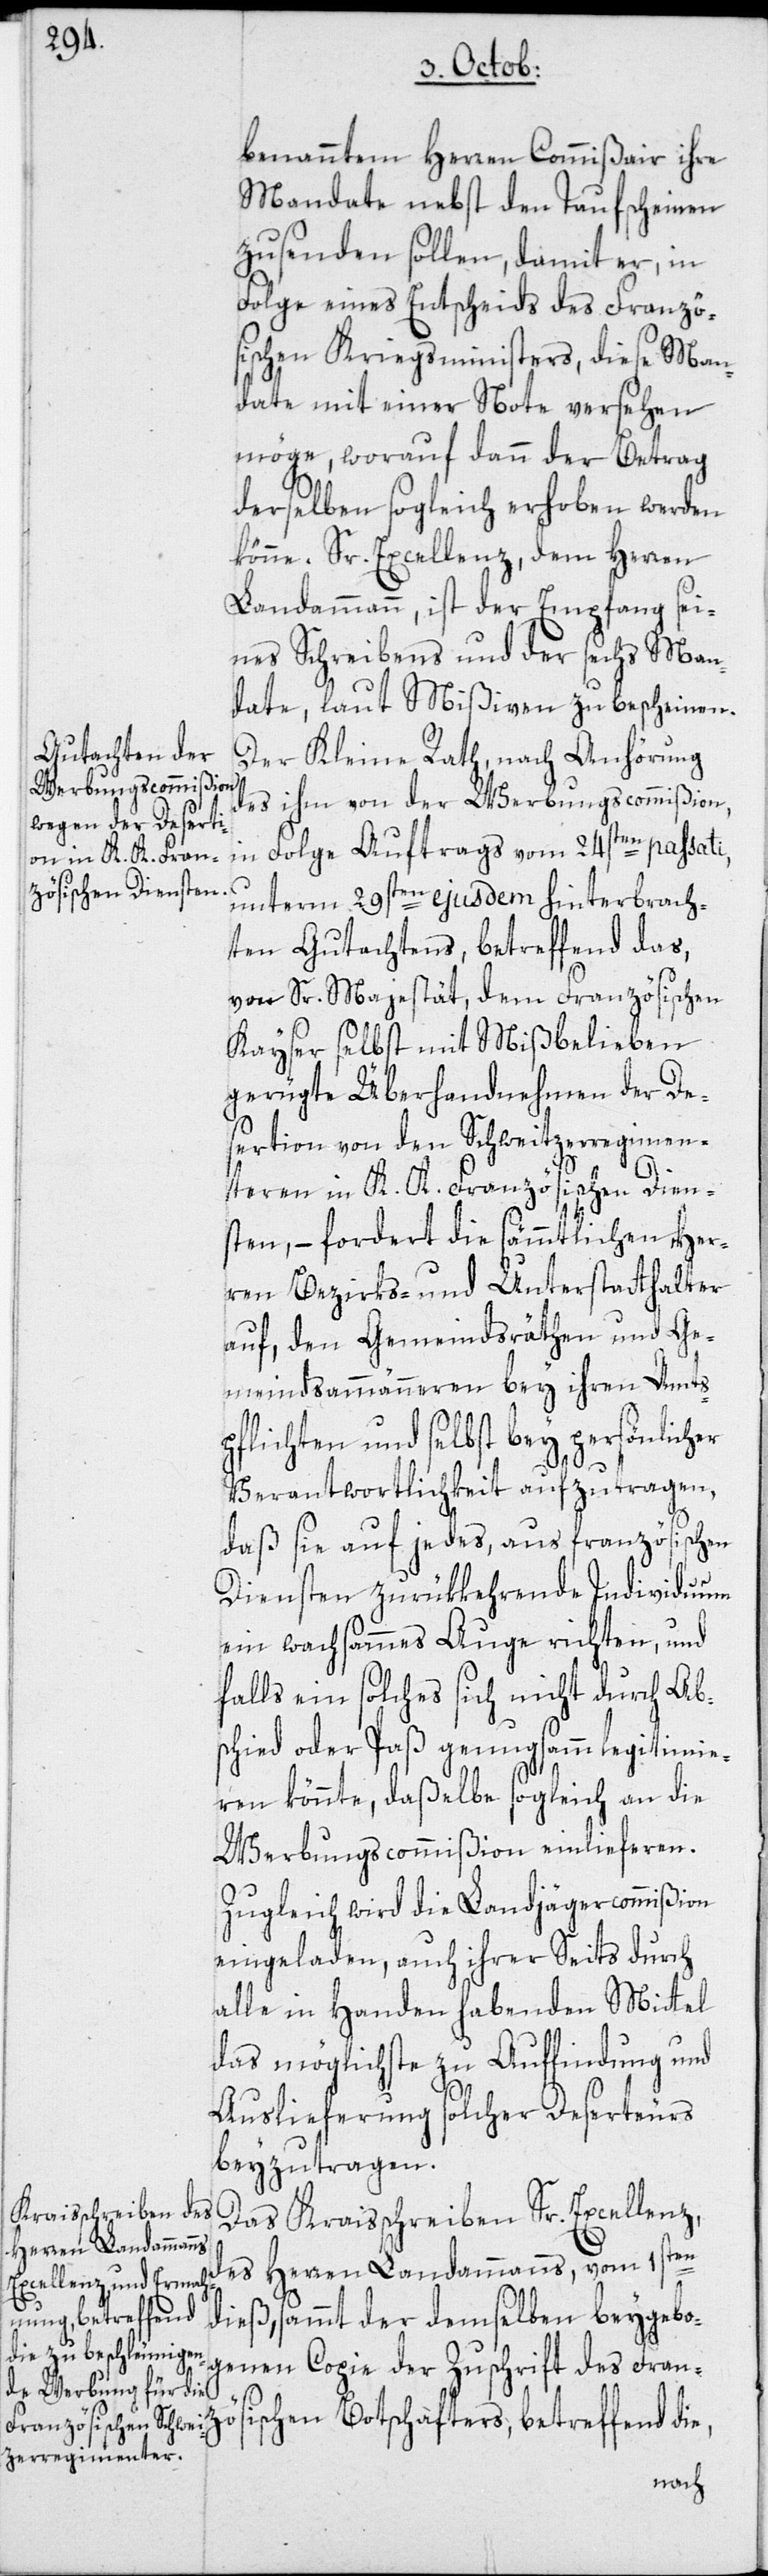
benanntem Herren Commißair ihre
Mandate nebst den Taufscheinen
zusenden sollen, damit er, in
Folge eines Entscheids des Franzö¬
sischen Kriegsministers, diese Man¬
date mit einer Note versehen
möge, worauf dann der Betrag
derselben sogleich erhoben werden
könne. Sr. Excellenz, dem Herren
Landammann, ist der Empfang sei¬
nes Schreibens und der sechs Man¬
date, laut Mißiven zu bescheinen.
Der Kleine Rath, nach Anhörung
des ihm von der Werbungscommißion,
in Folge Auftrags vom 24sten passati,
unterm 29sten ejusdem hinterbrach¬
ten Gutachtens, betreffend das,
von Sr. Majestät, dem Französischen
Kayser selbst mit Mißbelieben
gerügte Überhandnehmen der De¬
sertion von den Schweitzerregimen¬
teren in K. K. Französischen Dien¬
sten, – fordert die sämmtlichen Her¬
ren Bezirks- und Unterstatthalter
auf, den Gemeindsräthen und Ge¬
meindsammänneren bey ihren Amts¬
pflichten und selbst bey persönlicher
Verantwortlichkeit aufzutragen,
daß sie auf jedes, aus französischen
Diensten zurükkehrende Individuum
ein wachsammes Auge richten, und
falls ein solches sich nicht durch Ab¬
schied oder Paß genugsamm legitimie¬
ren könnte, daßelbe sogleich an die
Werbungscommißion einlieferen.
Zugleich wird die Landjägercommißion
eingeladen, auch ihrer Seits durch
alle in Handen habenden Mittel
das möglichste zu Auffindung und
Auslieferung solcher Deserteurs
beyzutragen.
Das Kraisschreiben Sr. Excellenz,
des Herren Landammanns, vom 1sten
dieß, sammt der demselben beygebo¬
genen Copie der Zuschrift des Franz¬
ösischen Botschafters, betreffend die,